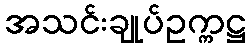
အသင်းချုပ်ဥက္ကဋ္ဌ